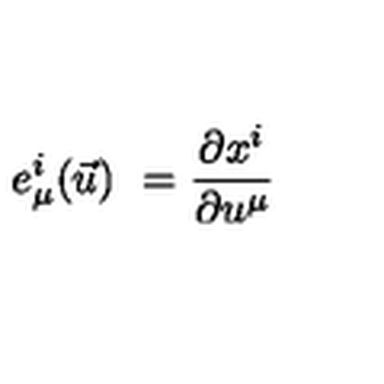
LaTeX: e _ { \mu } ^ { i } ( \vec { u } ) \ = \frac { \partial x ^ { i } } { \partial u ^ { \mu } }